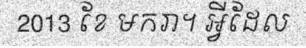
2013 ខែ មករា។ អ្វីដែល